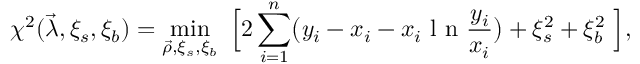
\chi ^ { 2 } ( \vec { \lambda } , \xi _ { s } , \xi _ { b } ) = \operatorname* { m i n } _ { \vec { \rho } , \xi _ { s } , \xi _ { b } } ~ \Big [ { { 2 \sum _ { i = 1 } ^ { n } } \big ( y _ { i } - x _ { i } - x _ { i } \mathrm { ~ l ~ n ~ } \frac { y _ { i } } { x _ { i } } \big ) + \xi _ { s } ^ { 2 } + \xi _ { b } ^ { 2 } } ~ \Big ] ,